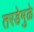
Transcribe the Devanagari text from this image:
तरडेमुळे